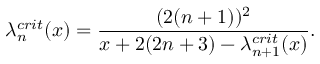
\lambda _ { n } ^ { c r i t } ( x ) = \frac { ( 2 ( n + 1 ) ) ^ { 2 } } { x + 2 ( 2 n + 3 ) - \lambda _ { n + 1 } ^ { c r i t } ( x ) } .